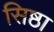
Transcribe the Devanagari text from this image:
सिष्ठा